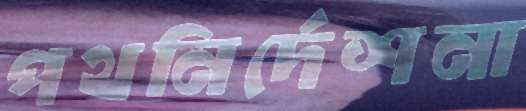
পথনির্দেশনা